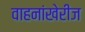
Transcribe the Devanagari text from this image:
वाहनांखेरीज